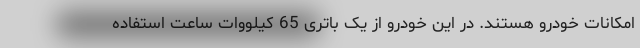
امکانات خودرو هستند. در این خودرو از یک باتری 65 کیلووات ساعت استفاده